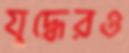
যুদ্ধেরও